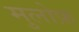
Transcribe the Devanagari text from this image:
मुलोफ़